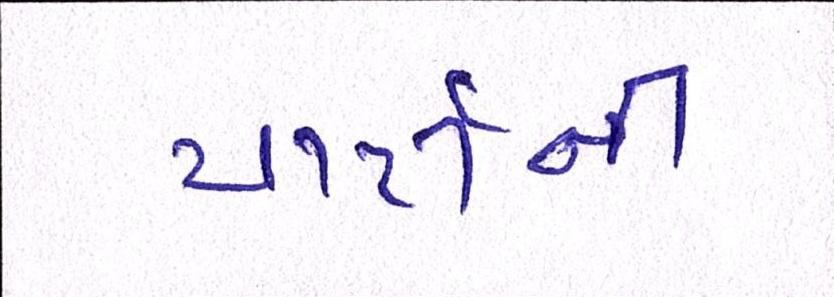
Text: પાર્ટીની